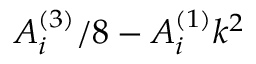
A _ { i } ^ { ( 3 ) } / 8 - A _ { i } ^ { ( 1 ) } k ^ { 2 }